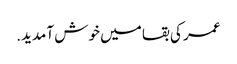
عمر کی بقا میں خوش آمدید.